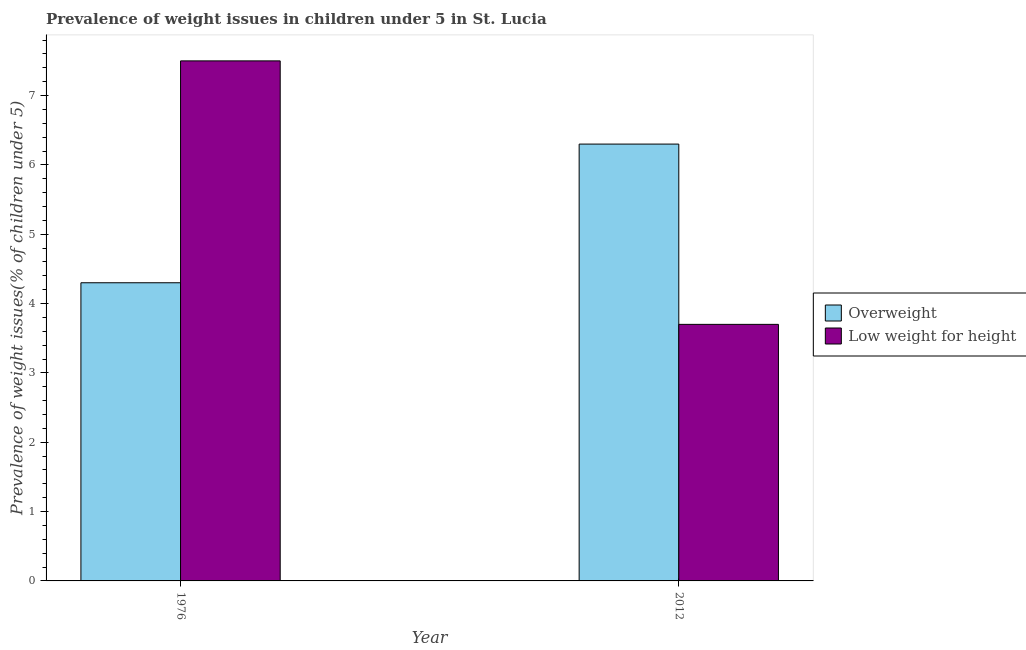
| Year | Overweight | Low weight for height |
 | --- | --- | --- |
 | 1976 | 4.3 | 7.5 |
 | 2012 | 6.3 | 3.7 |